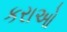
કરાઓ